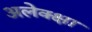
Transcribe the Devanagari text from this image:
अलेक्क्षा